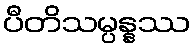
ပီတိသမ္ပန္နဿ